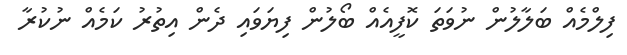
ފިލްމެއް ބަލާލުން ނުވަތަ ކޮފީއެއް ބޯލުން ފިޔަވައި ދެން އިތުރު ކަމެއް ނުކުރާ